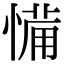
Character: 𢞎